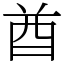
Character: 酋